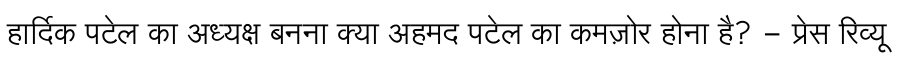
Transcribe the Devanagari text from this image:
हार्दिक पटेल का अध्यक्ष बनना क्या अहमद पटेल का कमज़ोर होना है? - प्रेस रिव्यू